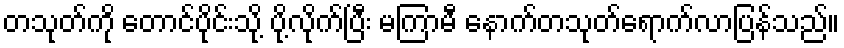
တသုတ်ကို တောင်ပိုင်းသို့ ပို့လိုက်ပြီး မကြာမီ နောက်တသုတ်ရောက်လာပြန်သည်။